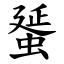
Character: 蜑